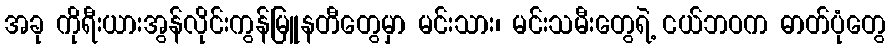
အခု ကိုရီးယားအွန်လိုင်းကွန်မြူနတီတွေမှာ မင်းသား၊ မင်းသမီးတွေရဲ့ ငယ်ဘဝက ဓာတ်ပုံတွေ